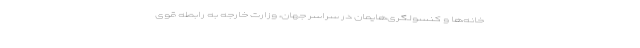
‌خانه‌ها و کنسولگری‌هایمان در سراسر جهان، وزارت خارجه به رابطه قوی